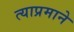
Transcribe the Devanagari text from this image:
त्याप्रमाने